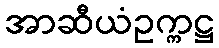
အာဆီယံဥက္ကဋ္ဌ